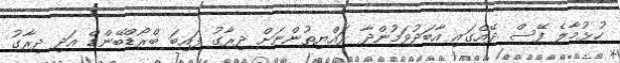
ހުޅުމާލެ ފޭސް ދޭއްގައި އާބަދުވަމުންދާ ރައްޔިތުންނަށް ދިރާގު ފައިބަ ބްރޯޑްބޭންޑް އަދި ދިރާގު